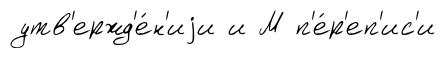
утв'ержд'е́н'иjи и М п'е́р'еп'ис'и